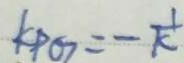
k P G = - \frac { 1 } { k }